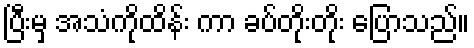
ပြီးမှ အသံကိုထိန်း ကာ ခပ်တိုးတိုး ပြောသည်။